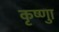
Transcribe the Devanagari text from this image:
कृष्णाु